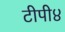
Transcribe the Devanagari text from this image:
टीपी४